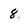
Character: 8